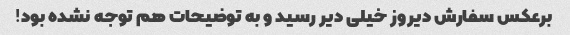
برعکس سفارش دیروز خیلی دیر رسید و به توضیحات هم توجه نشده بود!